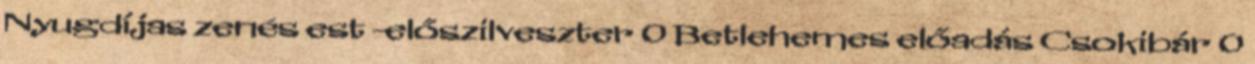
Nyugdíjas zenés est -előszilveszter 0 Betlehemes előadás Csokibár 0